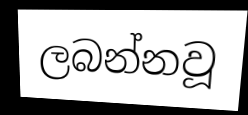
ලබන්නවූ